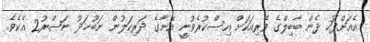
އެއަށްފަހު ދެން ބާބިލްގެ ވެރިއަކަށް އިސްކުރެވުނީ އޭނާގެ ދަރިކަލުން ނަބޫޚަޛު ނަޞްރު2 އެކެވެ.